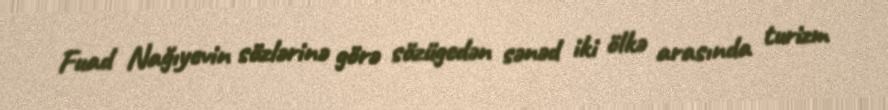
Fuad Nağıyevin sözlərinə görə sözügedən sənəd iki ölkə arasında turizm